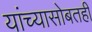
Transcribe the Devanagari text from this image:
यांच्यासोबतही